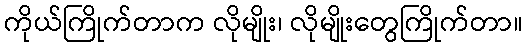
ကိုယ်ကြိုက်တာက လိုမျိုး၊ လိုမျိုးတွေကြိုက်တာ။